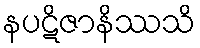
နပဋိဇာနိဿသိ